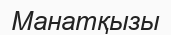
Манатқызы